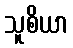
သူစိယာ